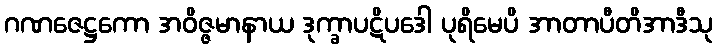
ဂဏဇေဋ္ဌကော အဝိဇ္ဇမာနာယ ဒုက္ခာပဋိပဒေါ ပုရိမေပိ အာတာပီတိအာဒီသု